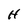
Character: H